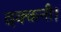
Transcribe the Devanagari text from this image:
दक्कनी।